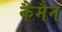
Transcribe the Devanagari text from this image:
कैमैन